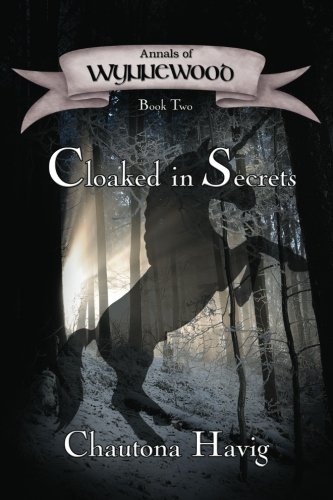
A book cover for Cloaked in Secrets (Annals of Wynnewood, Book 2); Chautona Havig; Teen & Young Adult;